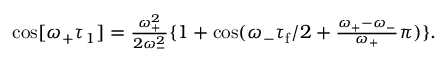
\begin{array} { r } { \cos [ \omega _ { + } \tau _ { 1 } ] = \frac { \omega _ { + } ^ { 2 } } { 2 \omega _ { - } ^ { 2 } } \{ 1 + \cos ( \omega _ { - } \tau _ { \mathrm { f } } / 2 + \frac { \omega _ { + } - \omega _ { - } } { \omega _ { + } } \pi ) \} . } \end{array}